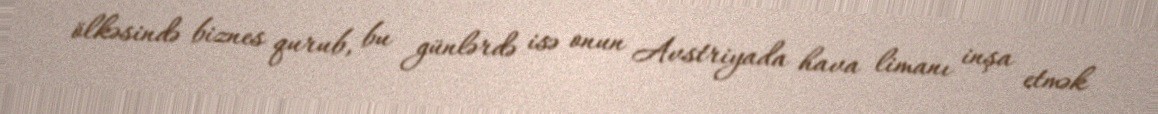
ölkəsində biznes qurub, bu günlərdə isə onun Avstriyada hava limanı inşa etmək